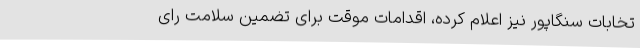
تخابات سنگاپور نیز اعلام کرده، اقدامات موقت برای تضمین سلامت رای